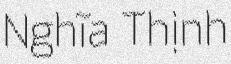
Nghĩa Thịnh